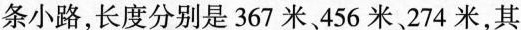
条小路,长度分别是367米、456米、274米，其